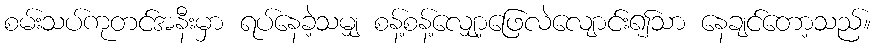
စမ်းသပ်ကုတင်အနီးမှာ ရပ်နေခဲ့သမျှ စန့်စန့်လျှော့ဖြေလဲလျောင်း၍သာ နေချင်တော့သည်။